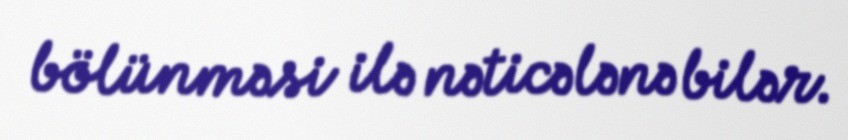
bölünməsi ilə nəticələnə bilər.